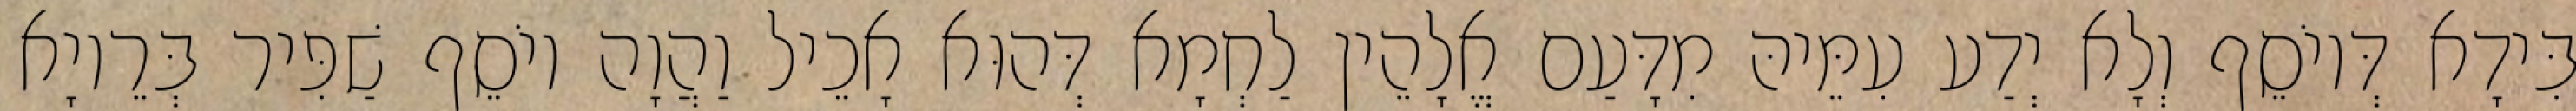
בִּידָא דְּיוֹסֵף וְלָא יְדַע עִמֵּיהּ מִדָּעַם אֱלָהֵין לַחְמָא דְּהוּא אָכֵיל וַהֲוָה יוֹסֵף שַׁפִּיר בְּרֵיוָא